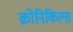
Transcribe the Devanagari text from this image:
क्रोनिकिल्स